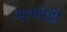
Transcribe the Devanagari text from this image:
नागरेही